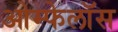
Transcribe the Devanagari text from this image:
ओम्फेलॉस